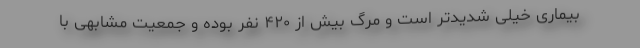
بیماری خیلی شدیدتر است و مرگ بیش از ۴۲۰ نفر بوده و جمعیت مشابهی با